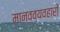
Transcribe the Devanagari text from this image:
मानवव्यवहारों